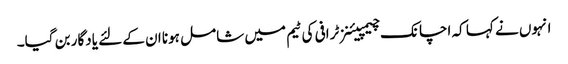
انہوں نے کہا کہ اچانک چیمپیئنز ٹرافی کی ٹیم میں شامل ہونا ان کے لئے یادگار بن گیا۔